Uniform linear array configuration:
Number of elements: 4
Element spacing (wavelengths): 0.5
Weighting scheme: kaiser
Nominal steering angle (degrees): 30
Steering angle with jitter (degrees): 31.193
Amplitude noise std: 0.05
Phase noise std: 0.05

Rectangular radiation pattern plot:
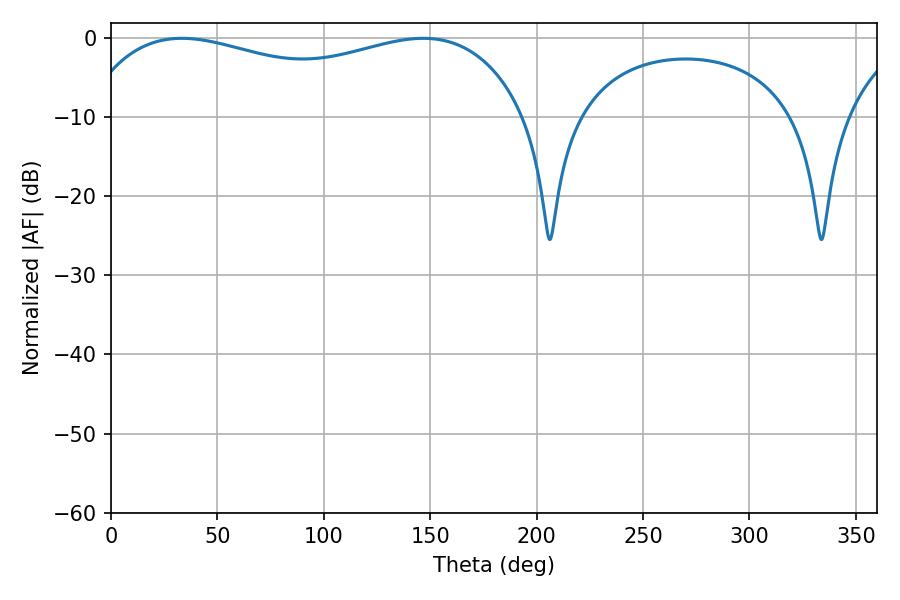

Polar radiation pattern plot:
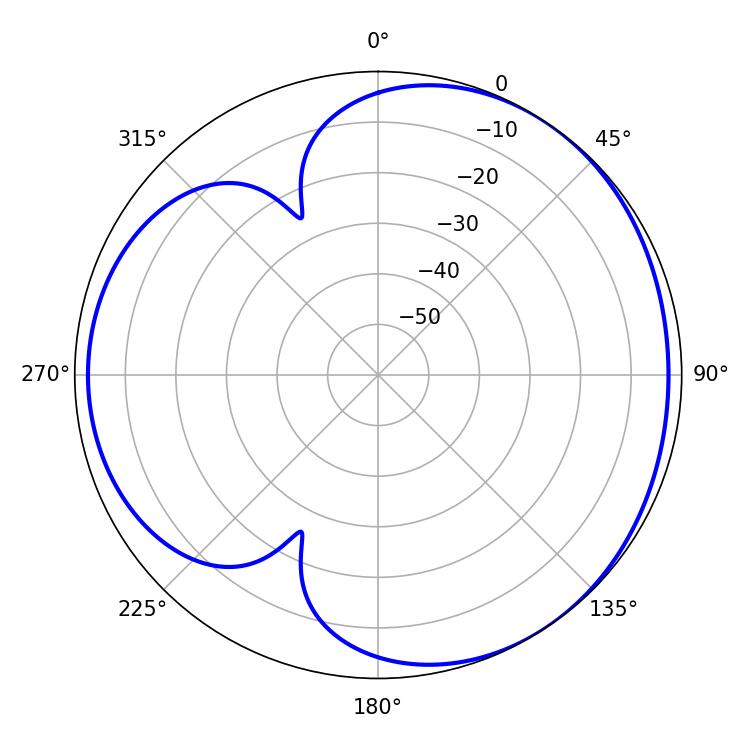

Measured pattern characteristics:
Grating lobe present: FALSE
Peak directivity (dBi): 3.557
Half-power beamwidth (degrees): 171
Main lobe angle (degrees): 33.3